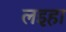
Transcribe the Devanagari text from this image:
लइहा